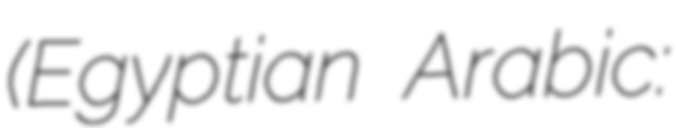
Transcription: (Egyptian Arabic: